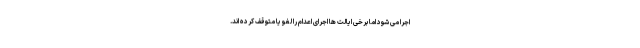
اجرا می شود اما برخی ایالت ها اجرای اعدام را لغو یا متوقف کرده اند.